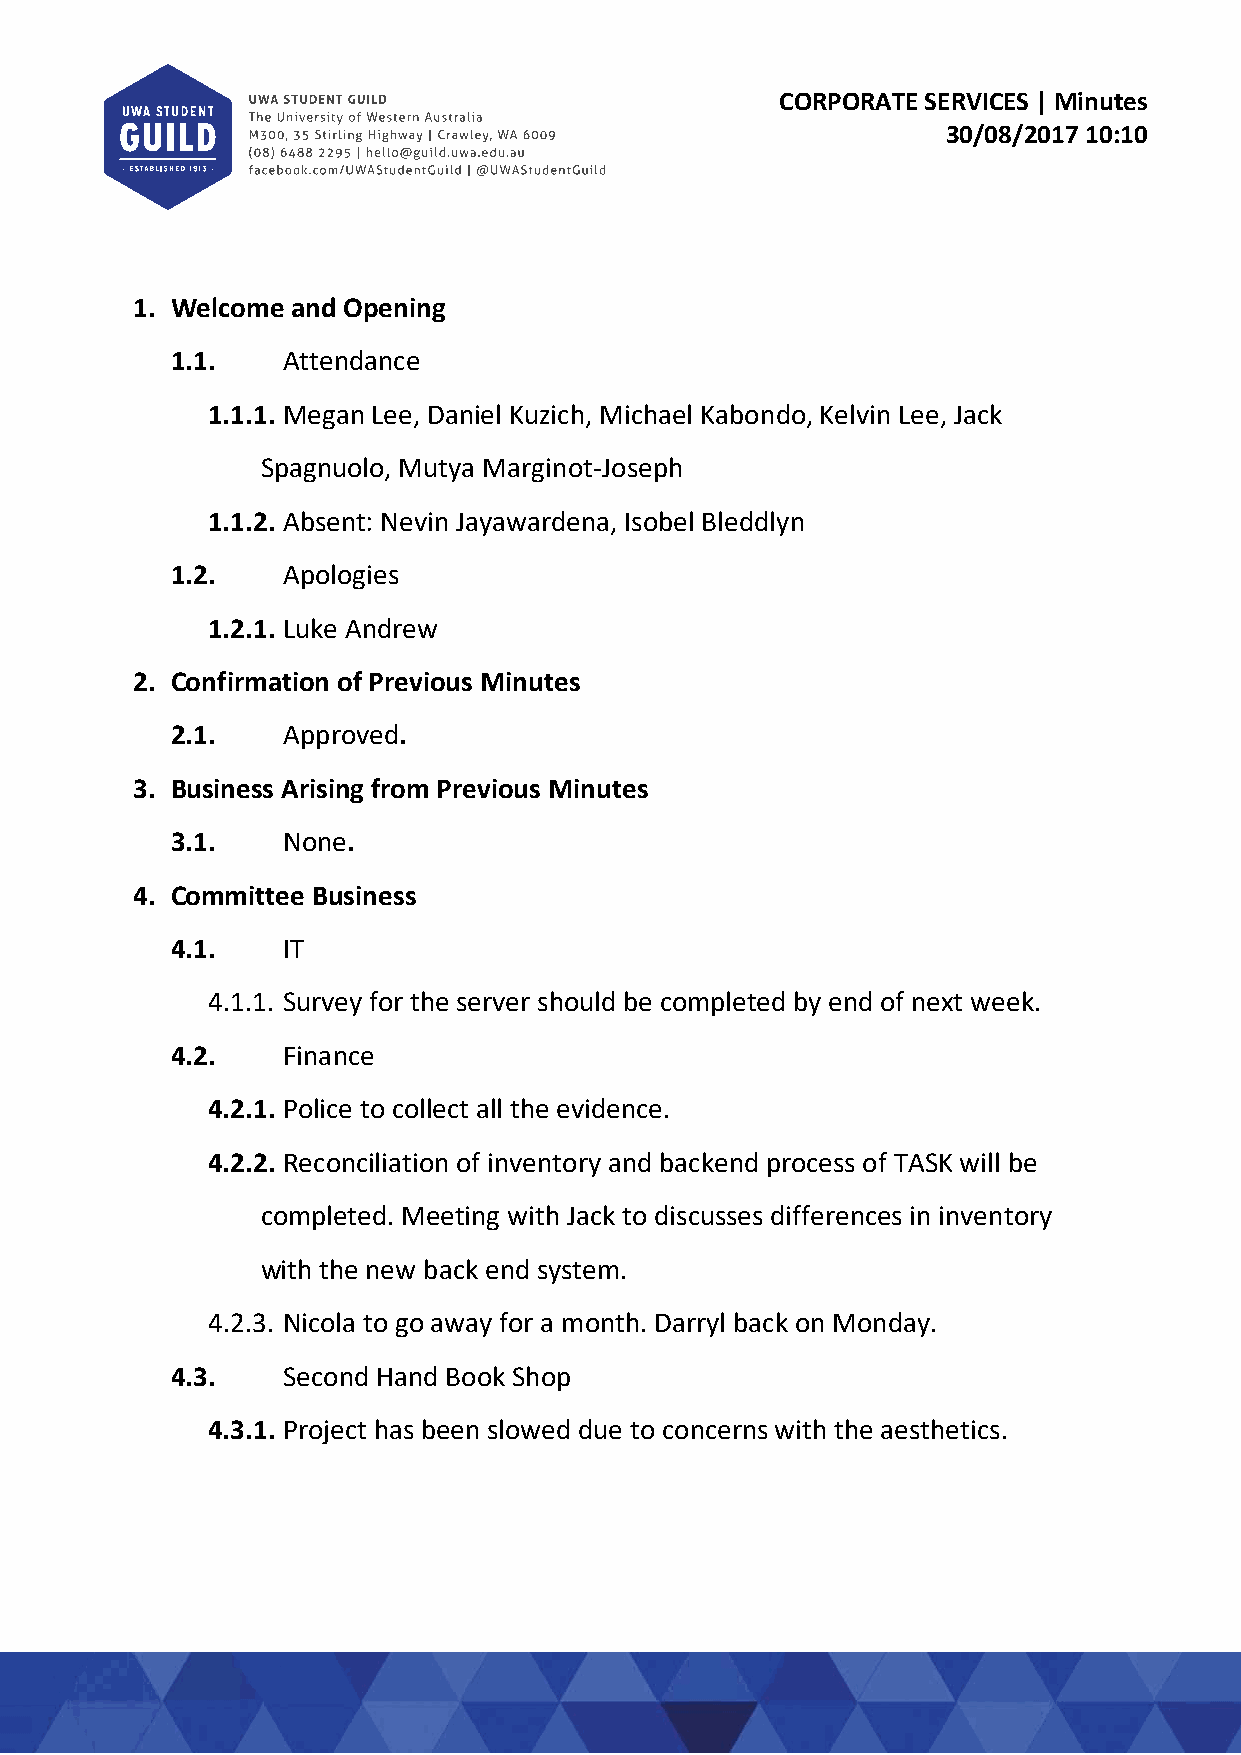
CORPORATE SERVICES | Minutes
 30/08/2017 10:10
 1. Welcome and Opening
 1.1.    Attendance
 1.1.1. Megan Lee, Daniel Kuzich, Michael Kabondo, Kelvin Lee, Jack
 Spagnuolo, Mutya Marginot‐Joseph
 1.1.2. Absent: Nevin Jayawardena, Isobel Bleddlyn
 1.2.    Apologies
 1.2.1. Luke Andrew
 2. Confirmation of Previous Minutes
 2.1.    Approved.
 3. Business Arising from Previous Minutes
 3.1.    None.
 4. Committee Business
 4.1.    IT
 4.1.1. Survey for the server should be completed by end of next week.
 4.2.    Finance
 4.2.1. Police to collect all the evidence.
 4.2.2. Reconciliation of inventory and backend process of TASK will be
 completed. Meeting with Jack to discusses differences in inventory
 with the new back end system.
 4.2.3. Nicola to go away for a month. Darryl back on Monday.
 4.3.    Second Hand Book Shop
 4.3.1. Project has been slowed due to concerns with the aesthetics.